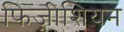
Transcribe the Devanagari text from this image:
फिज़ीशियन